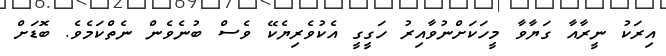
އިރަކު ނީރާއާ ގަޔާވާ މީހަކަށްނުވާއިރު ހަގީގީ އެކުވެރިޔެކޭ ވެސް ބުނެވެން ނެތްކަމެވެ. ބޮޑަށް